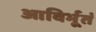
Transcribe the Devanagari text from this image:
आविर्भूतं